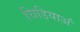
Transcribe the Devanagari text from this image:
चिडियाअं